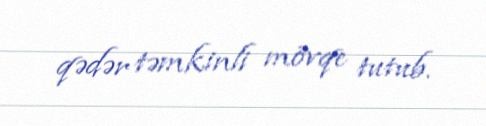
qədər təmkinli mövqe tutub.